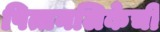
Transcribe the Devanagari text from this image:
पित्तनलिकेची